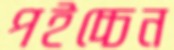
পইচ্চেন